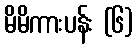
မိမိကားပန်း (၆)